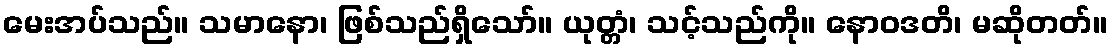
မေးအပ်သည်။ သမာနော၊ ဖြစ်သည်ရှိသော်။ ယုတ္တံ၊ သင့်သည်ကို။ နောဝဒတိ၊ မဆိုတတ်။